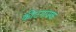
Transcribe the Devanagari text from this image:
कीटनाश्क